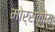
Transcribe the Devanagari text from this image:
मोर्स्कोय